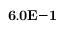
{ \bf 6 . 0 E { - 1 } }